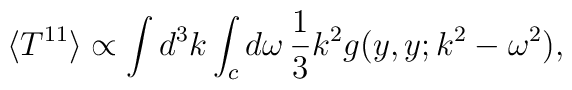
\langle T^{11}\rangle \propto\int d^3k\int_cd\omega\,{1\over3}k^2g(y,y;k^2-\omega^2),